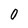
Character: 0